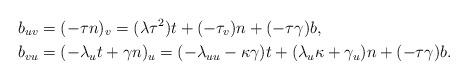
LaTeX: \begin{align*}b_{uv} & =(-\tau n)_{v}=(\lambda\tau^{2})t+(-\tau_{v})n+(-\tau\gamma)b,\\b_{vu} & =(-\lambda_{u}t+\gamma n)_{u}=(-\lambda_{uu}-\kappa\gamma)t+(\lambda_{u}\kappa+\gamma_{u})n+(-\tau\gamma)b.\end{align*}